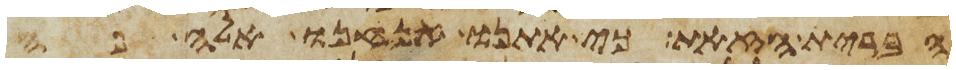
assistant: הברית הזאת כי אתנו אנחנו אלה פה